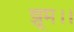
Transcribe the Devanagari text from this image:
झूम।।